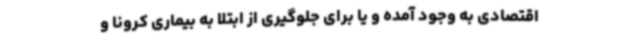
اقتصادی به وجود آمده و یا برای جلوگیری از ابتلا به بیماری کرونا و